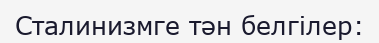
Сталинизмге тән белгілер: